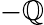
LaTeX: -\mathbb{Q}